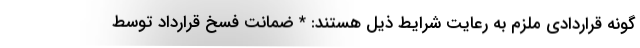
گونه قراردادی ملزم به رعایت شرایط ذیل هستند: * ضمانت فسخ قرارداد توسط